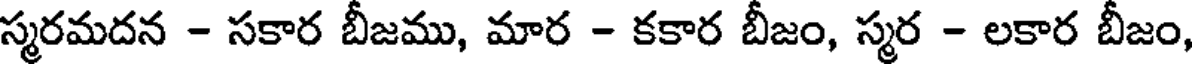
స్మరమదన - సకార బీజము, మార - కకార బీజం, స్మర - లకార బీజం,